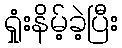
ရှုံးနိမ့်ခဲ့ပြီး